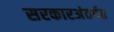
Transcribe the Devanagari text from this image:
सरकारअंतर्गत